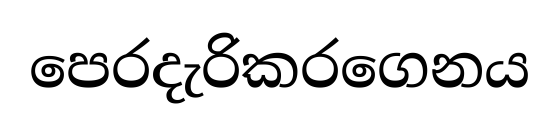
පෙරදැරිකරගෙනය